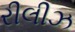
રીલીઝ